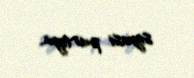
siyasi partiya.